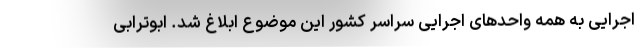
اجرایی به همه واحد‌های اجرایی سراسر کشور این موضوع ابلاغ شد. ابوترابی